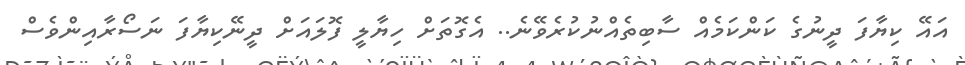
އައޭ ކިޔާފަ ދީނުގެ ކަންކަމެއް ސާބިތެއްނުކުރެވޭނެ.. އެގޮތަށް ހިޔާލީ ފޮލައަށް ދީނޭކިޔާފަ ނަސޯރާއިންވެސް